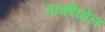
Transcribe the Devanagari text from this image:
वाकीघोल